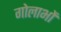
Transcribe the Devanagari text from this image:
गोलाभों